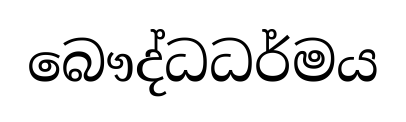
බෞද්ධධර්මය